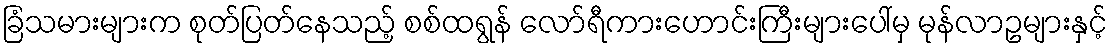
ခြံသမားများက စုတ်ပြတ်နေသည့် စစ်ထရွန် လော်ရီကားဟောင်းကြီးများပေါ်မှ မုန်လာဥများနှင့်